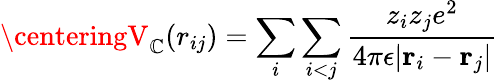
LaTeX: \centeringV_{\mathbb{C}}(r_{ij})=\sum_{i}\sum_{i<j}\frac{{z_{i}z_{j}e^{2}}}{{4\pi\epsilon|\textbf{{r}}_{i}-\textbf{{r}}_{j}|}}